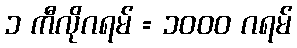
၁ ကီလိုဂရမ် = ၁၀၀၀ ဂရမ်